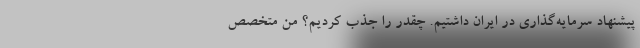
پیشنهاد سرمایه‌گذاری در ایران داشتیم. چقدر را جذب کردیم؟ من متخصص